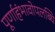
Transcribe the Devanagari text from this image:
पूर्णाहंभावोपलब्धि